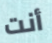
أنت